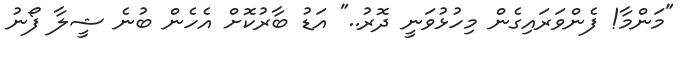
"މަންމާ! ފެންވަރައިގެން މިހުޅުވަނީ ދޮރު.." އަޑު ބާރުކޮށް އެހެން ބުނެ ޝީލާ ފޯނު